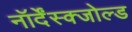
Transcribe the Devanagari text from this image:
नॉर्देंस्क्जोल्ड